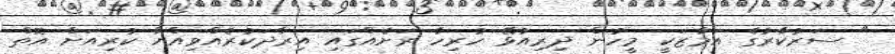
" ސަރުކާރުގެ އަމާޒަކީ މީހުން ދިރިއުޅޭ ހުރިހާ ރަށެއްގައި އިރާދަކުރެއްވިއްޔާ ކުރިއަށް އޮތް